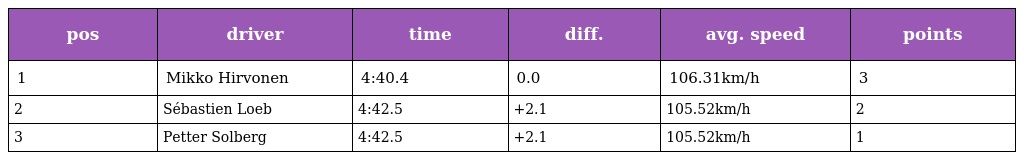
| pos | driver | time | diff. | avg. speed | points |
 | --- | --- | --- | --- | --- | --- |
 | 1 | Mikko Hirvonen | 4:40.4 | 0.0 | 106.31km/h | 3 |
 | 2 | Sébastien Loeb | 4:42.5 | +2.1 | 105.52km/h | 2 |
 | 3 | Petter Solberg | 4:42.5 | +2.1 | 105.52km/h | 1 |